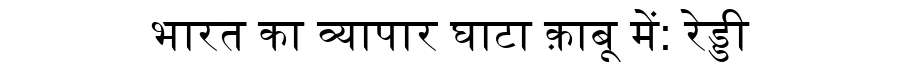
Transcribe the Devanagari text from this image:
भारत का व्यापार घाटा क़ाबू में: रेड्डी